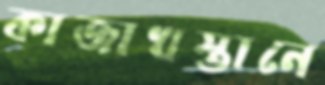
কাজাখস্তানে